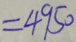
= 4 9 5 0